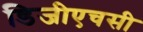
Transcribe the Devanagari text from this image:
डिजीएचसी